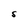
Character: s